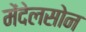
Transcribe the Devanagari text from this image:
मेंदेलसोन